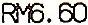
RM6.60